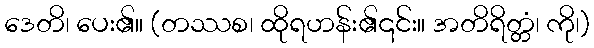
ဒေတိ၊ ပေး၏။ (တဿစ၊ ထိုရဟန်း၏၎င်း။ အတိရိတ္တံ၊ ကို၊)